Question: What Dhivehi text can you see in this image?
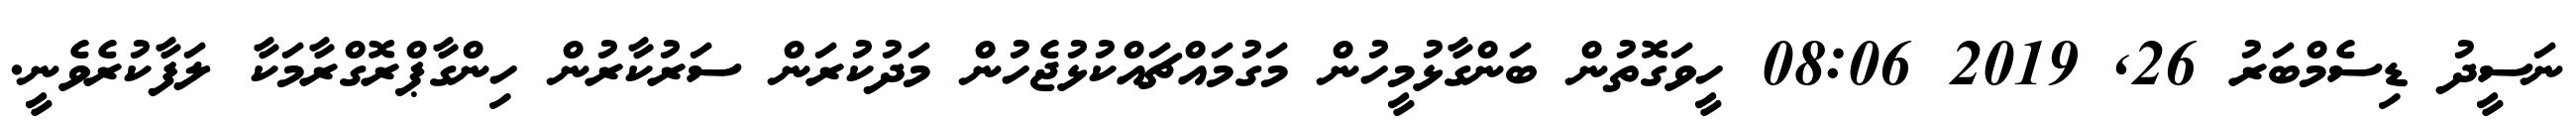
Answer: ނަސީދު ޑިސެމްބަރު 26, 2019 08:06 ހީވަގޮތުން ބަންގާޅުމީހުން މަގުމައްޗައްކުޅުޖެހުން މަދުކުރަން ސަރުކާރުން ހިންގާޕްރޮގްރާމަކާ ލަފާކުރެވެނީ.